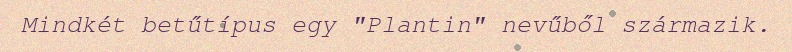
Mindkét betűtípus egy "Plantin" nevűből származik.